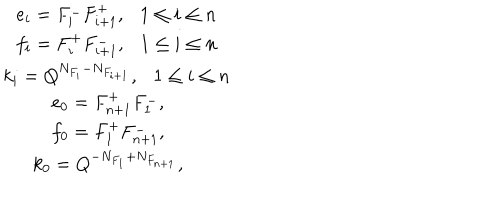
LaTeX: \begin{array} { c } { { e _ { i } = F _ { i } ^ { - } F _ { i + 1 } ^ { + } , 1 \le i \le n } } \\ { { f _ { i } = F _ { i } ^ { + } F _ { i + 1 } ^ { - } , 1 \le i \le n } } \\ { { k _ { i } = Q ^ { N _ { F _ { i } } - N _ { F _ { i + 1 } } } , 1 \le i \le n } } \\ { { e _ { 0 } = F _ { n + 1 } ^ { + } F _ { 1 } ^ { - } , } } \\ { { f _ { 0 } = F _ { 1 } ^ { + } F _ { n + 1 } ^ { - } , } } \\ { { k _ { 0 } = Q ^ { - N _ { F _ { 1 } } + N _ { F _ { n + 1 } } } , } } \\ \end{array}